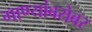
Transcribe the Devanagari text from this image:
गाण्यांबरोबर